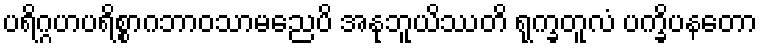
ပရိဂ္ဂဟပရိစ္စာဂဘာဝသာမညေပိ အနုဘူယိဿတိ ရုက္ခတူလံ ပက္ခိပနတော